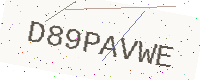
Text: D89PAVWE